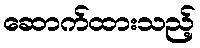
ဆောက်ထားသည့်